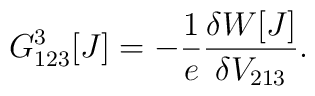
G^3_{123}[J]=-\frac{1}{e}\frac{\delta W[J]}{\delta V_{213}}.